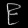
Digit: ၉